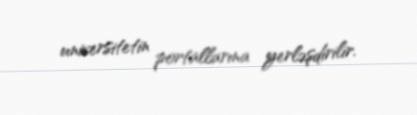
universitetin portallarına yerləşdirilir.